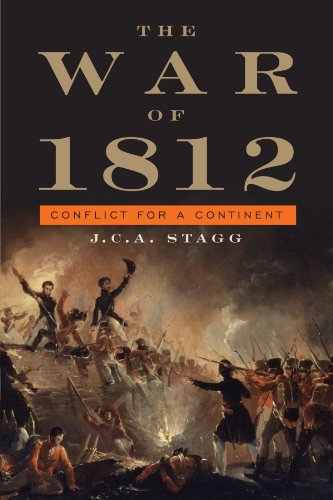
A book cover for The War of 1812: Conflict for a Continent (Cambridge Essential Histories); J. C. A. Stagg; History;